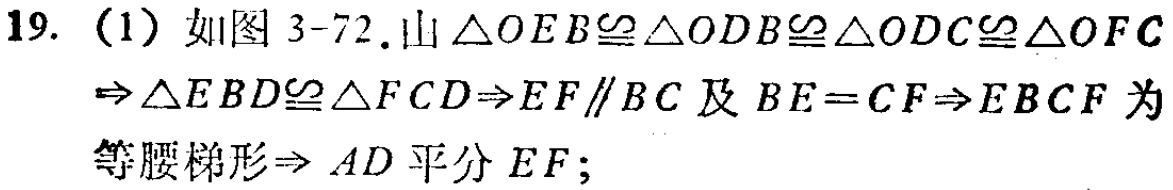
19. (1) 如图 3-72. 由 $\triangle OEB\cong\triangle ODB\cong\triangle ODC\cong\triangle OFC$
$\Rightarrow\triangle EBD\cong\triangle FCD\Rightarrow EF\parallel BC$ 及 $BE = CF\Rightarrow EBCF$ 为
等腰梯形 $\Rightarrow AD$ 平分 $EF$;